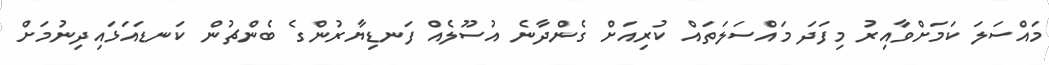
މައްސަލަ ކަމަށްވާއިރު މިފަދަ މައްސަލަތައް ކުރިއަށް ގެންދާނެ އުސޫލެއް ފަނޑިޔާރުންގެ ބެންޗުން ކަނޑައަޅައިދިނުމަށް